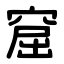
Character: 窟